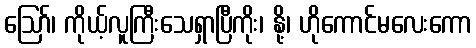
ဪ၊ ကိုယ့်လူကြီးသေရှာပြီကိုး၊ နို့၊ ဟိုကောင်မလေးကော